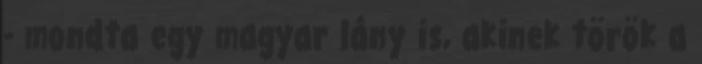
- mondta egy magyar lány is, akinek török a